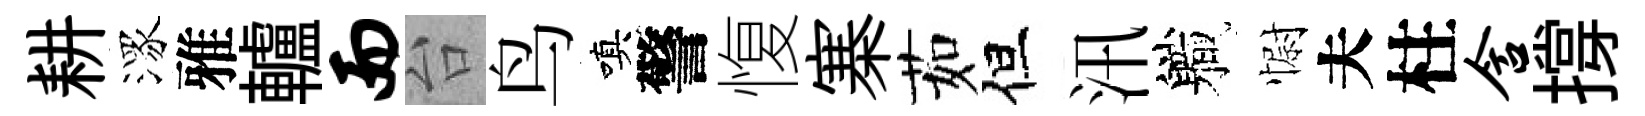
耕潈雅轤而台鸟嗔警愎寨茹但汛軄𢠢夫柱含撐